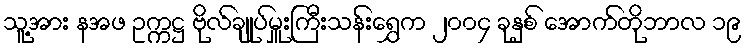
သူ့အား နအဖ ဥက္ကဋ္ဌ ဗိုလ်ချုပ်မှူးကြီးသန်းရွှေက ၂၀၀၄ ခုနှစ် အောက်တိုဘာလ ၁၉